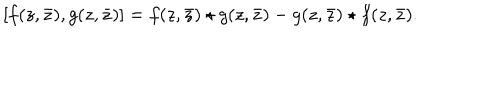
[ f ( z , \bar { z } ) , g ( z , \bar { z } ) ] = f ( z , \bar { z } ) \star g ( z , \bar { z } ) - g ( z , \bar { z } ) \star f ( z , \bar { z } ) .